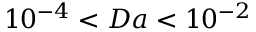
1 0 ^ { - 4 } < D a < 1 0 ^ { - 2 }